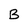
Character: B